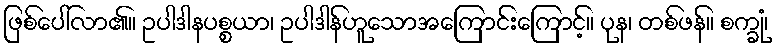
ဖြစ်ပေါ်လာ၏။ ဥပါဒါနပစ္စယာ၊ ဥပါဒါန်ဟူသောအကြောင်းကြောင့်။ ပုန၊ တစ်ဖန်။ စက္ခုံ၊